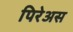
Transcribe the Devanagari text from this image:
पिरेअस